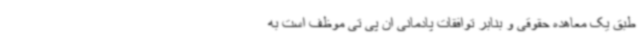
طبق یک معاهده حقوقی و بنابر توافقات پادمانی ان پی تی موظف است به